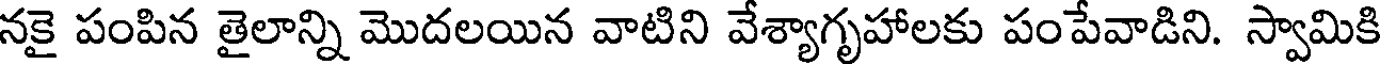
నకై పంపిన తైలాన్ని మొదలయిన వాటిని వేశ్యాగృహాలకు పంపేవాడిని. స్వామికి